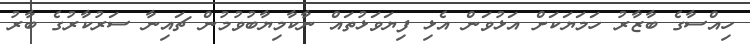
ހިއްސާގެ ބާޒާރު ހަމަޔަކަށް އަޅުވަން އެޅި ފިޔަވަޅުތައް ނާކާމިޔާބުވުމުން ޗައިނާ ސަރުކާރުގެ ބާރު